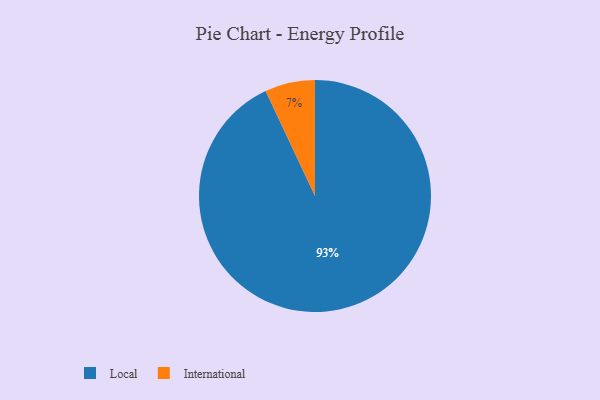
{"axis": {"x": "Category", "y": "Percentage"}, "legend": ["International", "Local"], "data": [{"x": "Local", "y": 93, "type": "Local"}, {"x": "International", "y": 7, "type": "International"}]}